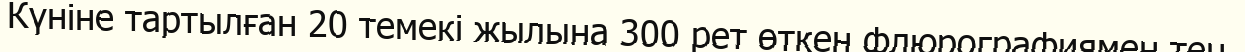
Күніне тартылған 20 темекі жылына 300 рет өткен флюрографиямен тең.